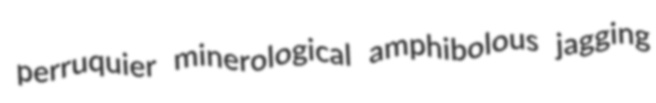
perruquier minerological amphibolous jagging